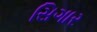
સિગાર